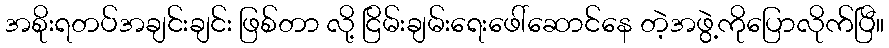
အစိုးရတပ်အချင်းချင်း ဖြစ်တာ လို့ ငြိမ်းချမ်းရေးဖေါ်ဆောင်နေ တဲ့အဖွဲ့ကိုပြောလိုက်ပြီ။